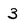
Character: 3